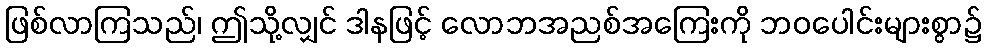
ဖြစ်လာကြသည်၊ ဤသို့လျှင် ဒါနဖြင့် လောဘအညစ်အကြေးကို ဘဝပေါင်းများစွာ၌